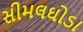
સીમલઘોડા